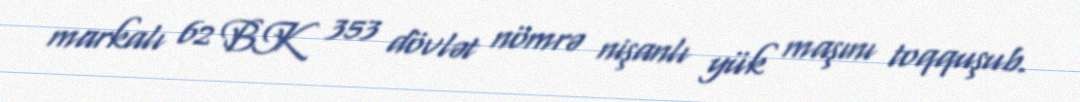
markalı 62 BK 353 dövlət nömrə nişanlı yük maşını toqquşub.